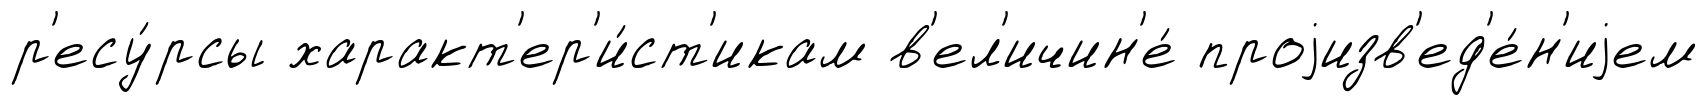
р'есу́рсы характ'ер'и́ст'икам в'ел'ичин'е́ проjизв'ед'е́н'иjем